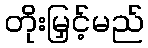
တိုးမြှင့်မည်